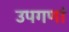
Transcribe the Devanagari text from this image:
उपगणां